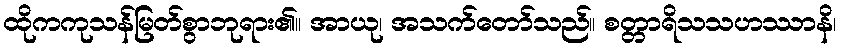
ထိုကကုသန်မြတ်စွာဘုရား၏။ အာယု၊ အသက်တော်သည်။ စတ္တာရိသသဟဿာနိ၊